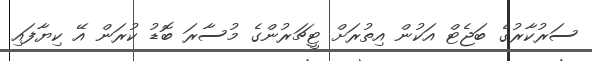
ސަރުކާރުގެ ބަޖެޓް އަކުން އިތުރަށް ޓީޗަރުންގެ މުސާރަ ބޮޑު ކުރަން އޭ ކިޔާފައި